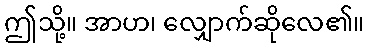
ဤသို့။ အာဟ၊ လျှောက်ဆိုလေ၏။